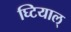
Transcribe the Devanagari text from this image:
घ्टियाल्